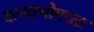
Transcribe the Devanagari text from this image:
कन्याभोगरता